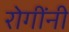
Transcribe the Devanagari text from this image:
रोगींनी